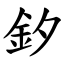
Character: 釸